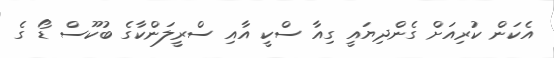
އެކަން ކުރިއަށް ގެންދިޔައީ ގިއާ ސްކީ އާއި ސްރީލަންކާގެ ބުކޫސް ޑޯ ގެ